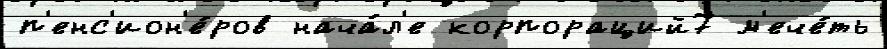
п'енс'ион'е́ров нача́л'е корпораций7 м'ече́ть